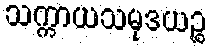
သက္ကာယသမုဒယဉ္စ